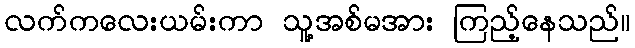
လက်ကလေးယမ်းကာ သူ့အစ်မအား ကြည့်နေသည်။